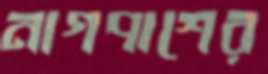
নাগপাশের